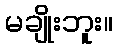
မချိုးဘူး။